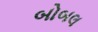
બોબલ